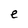
Character: e